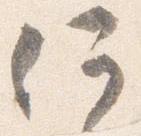
何